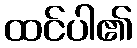
ထင်ပါ၏